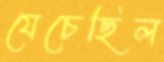
যেচেছিল